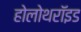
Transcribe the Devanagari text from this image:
होलोथरॉइड